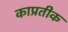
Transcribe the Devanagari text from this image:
काप्रतीक